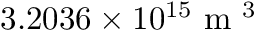
3 . 2 0 3 6 \times 1 0 ^ { 1 5 } \mathrm { ~ m ~ } ^ { 3 }